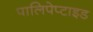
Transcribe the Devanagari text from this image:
पालिपेप्टाइड